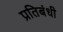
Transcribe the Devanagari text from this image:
प्रतिबंधी